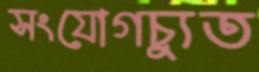
সংযোগচ্যুত